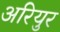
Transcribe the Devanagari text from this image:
अरियुर